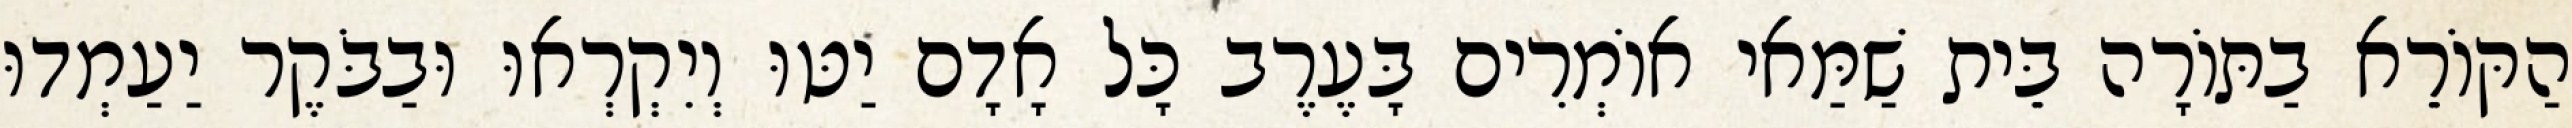
הַקּוֹרֵא בַתּוֹרָה בֵּית שַׁמַּאי אוֹמְרִים בָּעֶרֶב כָּל אָדָם יַטּוּ וְיִקְרְאוּ וּבַבֹּקֶר יַעַמְדוּ